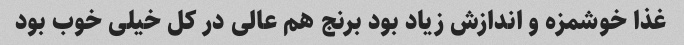
غذا خوشمزه و اندازش زیاد بود برنج هم عالی در کل خیلی خوب بود